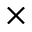
\times